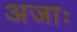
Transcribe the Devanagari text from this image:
अजाः